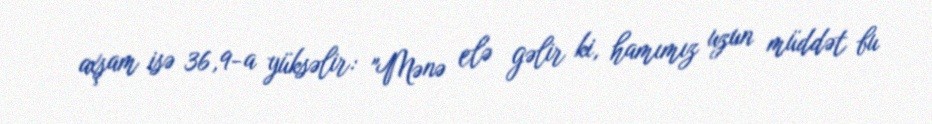
axşam isə 36,9-a yüksəlir: "Mənə elə gəlir ki, hamımız uzun müddət bu